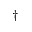
^ { \dagger }